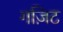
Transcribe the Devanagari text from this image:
गज़िट